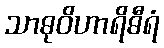
သာဓုဝိဟာရိဓီရံ